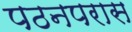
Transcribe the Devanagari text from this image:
पठनपरास